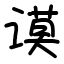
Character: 谟